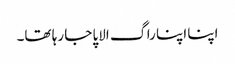
اپنا اپنا راگ الاپا جا رہا تھا۔